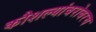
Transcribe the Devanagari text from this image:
कौशल्यांबरोबरच